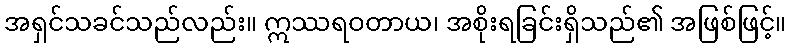
အရှင်သခင်သည်လည်း။ ဣဿရဝတာယ၊ အစိုးရခြင်းရှိသည်၏ အဖြစ်ဖြင့်။